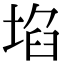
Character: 埳